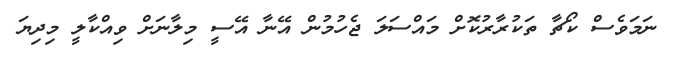
ނަމަވެސް ކޯޗާ ތަކުރާރުކޮށް މައްސަލަ ޖެހުމުން އޭނާ އޭސީ މިލާނަށް ވިއްކާލީ މިދިޔަ